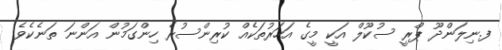
ފ.ނިލަންދޫ ޕްރީ ސުކޫލް އަކީ މީގެ އަހަރުތަކެއް ކުރިންސުރެ ހިންގަމުން އަންނަ ތަނެކެވެ.